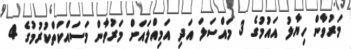
މަރުވާން ހިޔާލު އައުމުގެ 3 މައްސަލަ އަދި އަމިއްލައަށް މަރުވާން މަސައްކަތްކުރުމުގެ 4